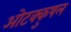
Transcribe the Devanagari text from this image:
ओटक्कुषल